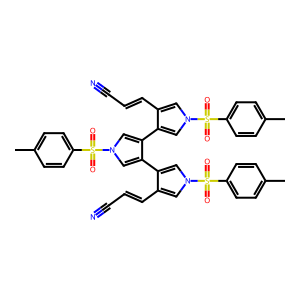
SMILES: Cc1ccc(S(=O)(=O)n2cc(C=CC#N)c(-c3cn(S(=O)(=O)c4ccc(C)cc4)cc3-c3cn(S(=O)(=O)c4ccc(C)cc4)cc3C=CC#N)c2)cc1
Inhibits HIV replication: No